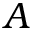
A